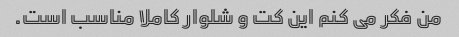
من فکر می کنم این کت و شلوار کاملا مناسب است.